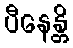
ပီနေန္တိ